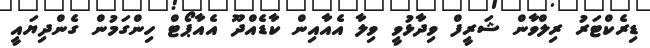
ޑިރެކްޓަރު ރިލްވާން ޝަރީފް ވިދާާޅުވީ ވިލާ އެއާއިން ކާޑެއްދޫ އެއާޕޯޓް ހިންގަމުން ގެންދިޔައީ